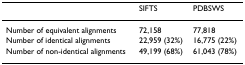
<table><thead><tr><td></td><td><b>SIFTS</b></td><td><b>PDBSWS</b></td></tr></thead><tbody><tr><td>Number of equivalent alignments</td><td>72,158</td><td>77,818</td></tr><tr><td>Number of identical alignments</td><td>22,959 (32%)</td><td>16,775 (22%)</td></tr><tr><td>Number of non-identical alignments</td><td>49,199 (68%)</td><td>61,043 (78%)</td></tr></tbody></table>